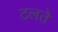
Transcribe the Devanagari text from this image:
टलते